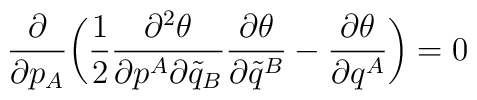
\frac{\partial}{\partial p_A} \bigg( \frac{1}{2} \frac{\partial^2\theta}{\partial p^A \partial \tilde q_B} \frac{\partial \theta}{\partial\tilde q^B} - \frac{\partial \theta}{\partial q^A} \bigg) = 0